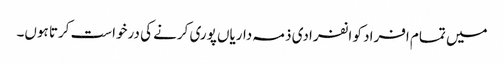
میں تمام افراد کو انفرادی ذمہ داریاں پوری کرنے کی درخواست کرتا ہوں۔